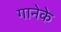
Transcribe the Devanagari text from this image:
गानेके